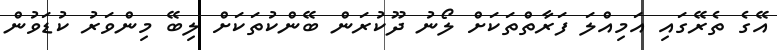
އޭގެ ތެރޭގައި އަމިއްލަ ފަރާތްތަކަށް ލޯނު ދޫކުރަން ބޭންކުތަކަށް ލިބޭ މިންވަރު ކުޑަވުން